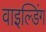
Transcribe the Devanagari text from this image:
वाइल्डिंग